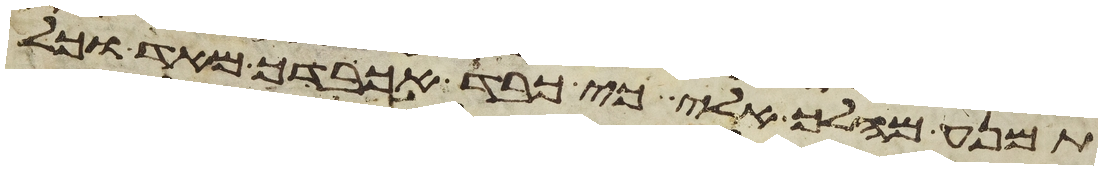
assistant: תמנע מהלך אלי כי כבד אכבדך מאד וכל